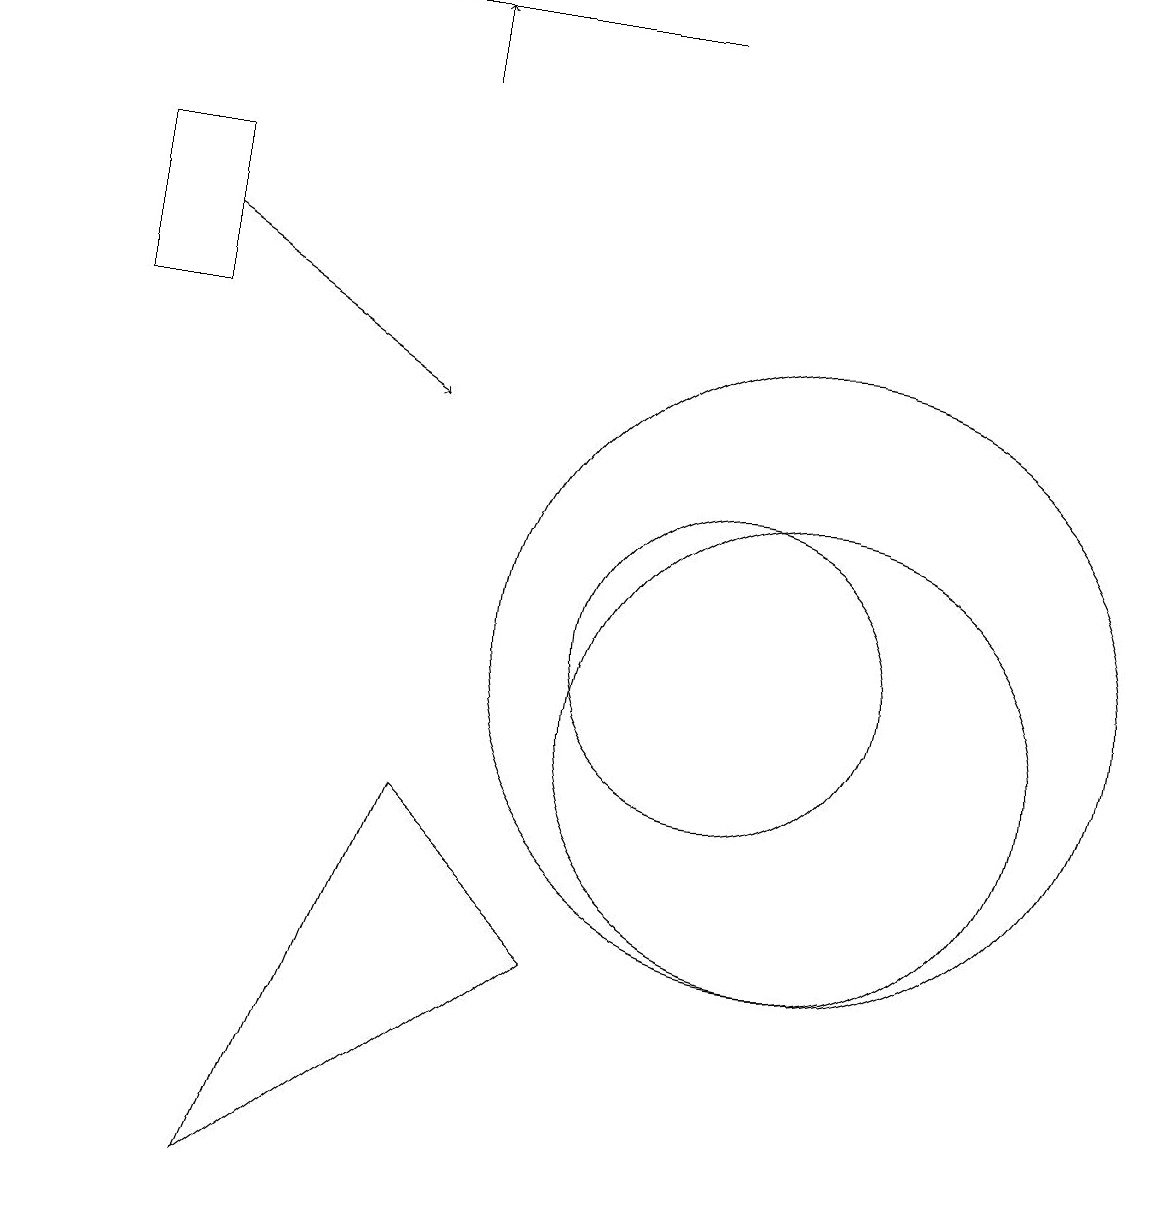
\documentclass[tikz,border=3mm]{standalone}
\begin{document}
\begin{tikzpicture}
\draw (10,11) circle (2);
\draw (11,11) circle (4);
\draw[->] (6,18) -- (6,19);
\draw (9,19) rectangle (1,19);
\draw (11,10) circle (3);
\draw (8,7) -- (6,9) -- (4,4) -- cycle;
\draw[->] (3,16) -- (6,14);
\draw (3,17) rectangle (2,15);
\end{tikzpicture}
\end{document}